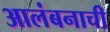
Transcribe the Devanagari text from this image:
आलंबनाची